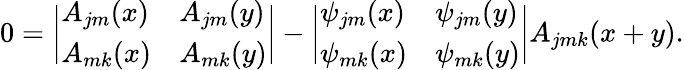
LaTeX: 0=\biggl|\begin{array}{ll}{{A_{jm}(x)}}&{{A_{jm}(y)}}\\ {{A_{mk}(x)}}&{{A_{mk}(y)}}\end{array}\biggr|-\biggl|\begin{array}{ll}{{\psi_{jm}(x)}}&{{\psi_{jm}(y)}}\\ {{\psi_{mk}(x)}}&{{\psi_{mk}(y)}}\end{array}\biggr|A_{jmk}(x+y).